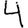
Digit: 4